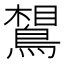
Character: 𪂼